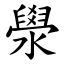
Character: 澩